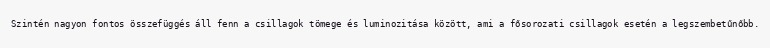
Szintén nagyon fontos összefüggés áll fenn a csillagok tömege és luminozitása között, ami a fősorozati csillagok esetén a legszembetűnőbb.